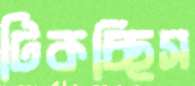
টিকচ্ছিস